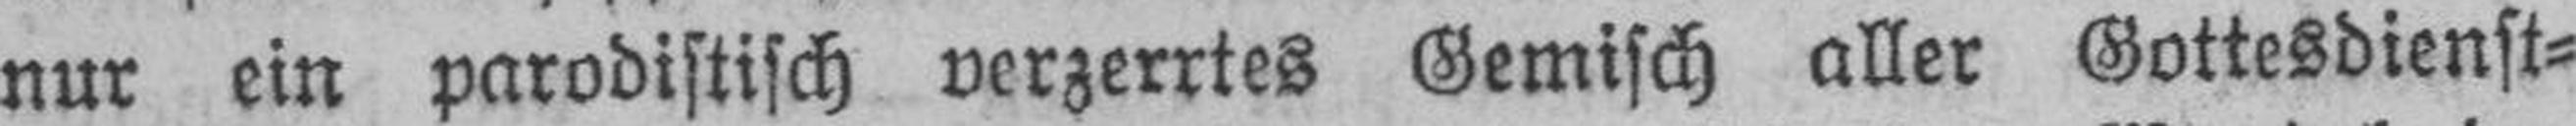
nur ein parodistisch verzerrtes Gemisch aller Gottesdienst¬